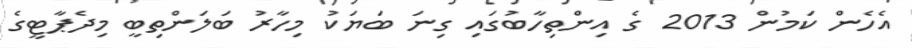
އެހެން ކަމުން 2013 ގެ އިންތިހާބުގައި ގިނަ ބަޔަކު މިހާރު ބަލަންތިބީ މިދެޕާޓީގެ